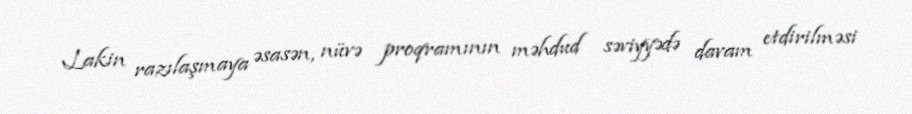
Lakin razılaşmaya əsasən, nüvə proqramının məhdud səviyyədə davam etdirilməsi